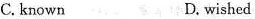
C. known D. wished